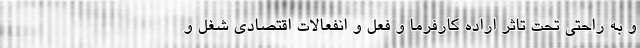
و به راحتی تحت تاثر اراده کارفرما و فعل و انفعالات اقتصادی شغل و